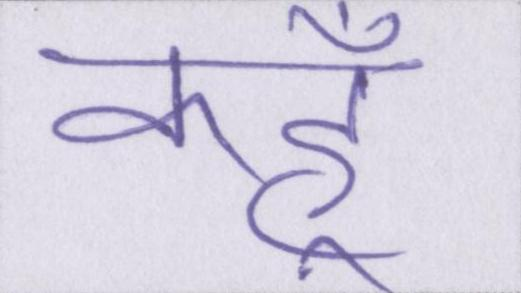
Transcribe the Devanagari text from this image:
कहूँ